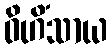
ဝိဟိံသာယ